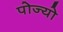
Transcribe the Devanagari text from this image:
पोज्यो